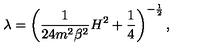
\lambda = \left( \frac { 1 } { 2 4 m ^ { 2 } \beta ^ { 2 } } H ^ { 2 } + \frac { 1 } { 4 } \right) ^ { - \frac { 1 } { 2 } } ,